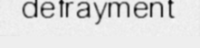
defrayment